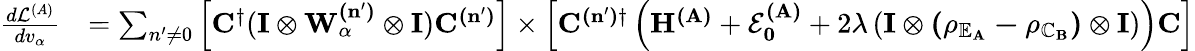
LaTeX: \begin{array}{rl}{\frac{d\mathcal{L}^{(A)}}{dv_{\alpha}}}&{=\sum_{n^{\prime}\ne 0}\left[\mathbf{C}^{\dagger}(\mathbf{I\otimes W_{\alpha}^{(n^{\prime})}\otimes I})\mathbf{C^{(n^{\prime})}}\right]\times\left[\mathbf{C^{(n^{\prime})\dagger}}\left(\mathbf{H^{(A)}}+\mathbf{\mathcal{E}_{0}^{(A)}}+2\lambda\left(\mathbf{I\otimes(\rho_{\mathbb{E}_{A}}-\rho_{\mathbb{C}_{B}})\otimes I}\right)\right)\mathbf{C}\right]}\end{array}